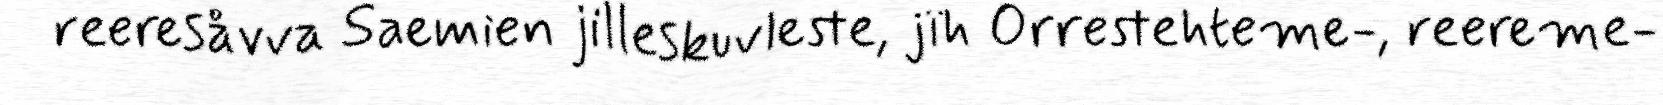
reeresåvva Saemien jilleskuvleste, jïh Orrestehteme-, reereme-